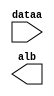
module fdmsakflmcxkmsd (
	dataa,
	alb);

	input	[7:0]  dataa;
	output	  alb;

endmodule